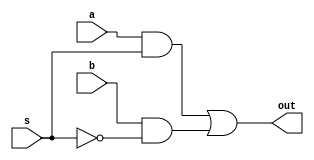
module mux(a,b,s,out);
//The module implements the function of one-bit MUX
   input a,b,s;
   output out;
   wire w1,w2,s_bar;
	
   and a1(w1,a,s);
   not n1(s_bar,s);
   and a2(w2,b,s_bar);
   or o1(out,w1,w2);
	
endmodule